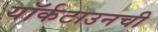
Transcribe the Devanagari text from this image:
यॉर्कटाउनची